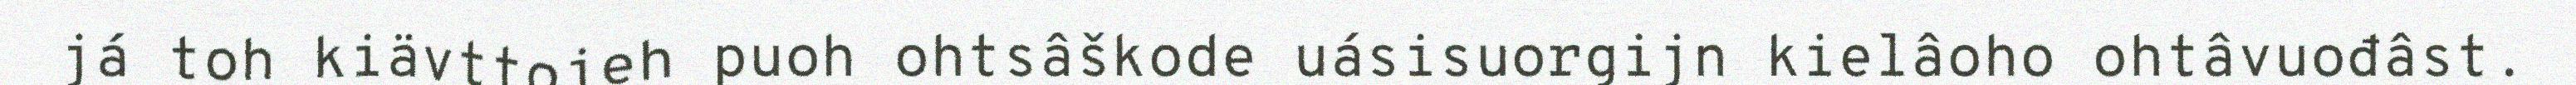
já toh kiävttojeh puoh ohtsâškode uásisuorgijn kielâoho ohtâvuođâst.